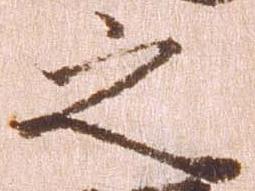
之